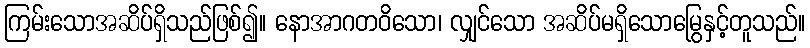
ကြမ်းသောအဆိပ်ရှိသည်ဖြစ်၍။ နောအာဂတဝိသော၊ လျှင်သော အဆိပ်မရှိသောမြွေနှင့်တူသည်။